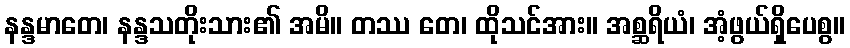
နန္ဒမာတေ၊ နန္ဒသတိုးသား၏ အမိ။ တဿ တေ၊ ထိုသင်အား။ အစ္ဆရိယံ၊ အံ့ဖွယ်ရှိပေစွ။